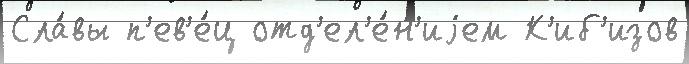
Сла́вы п'ев'е́ц отд'ел'е́н'иjем К'иб'изов